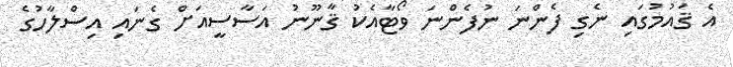
އެ ޤައުމުގައި ނެގި ފެންނަ ނުފެންނަ ވޯޓާއެކު ޤާނޫނު އަސާސީއަށް ގެނައި އިސްލާހުގެ